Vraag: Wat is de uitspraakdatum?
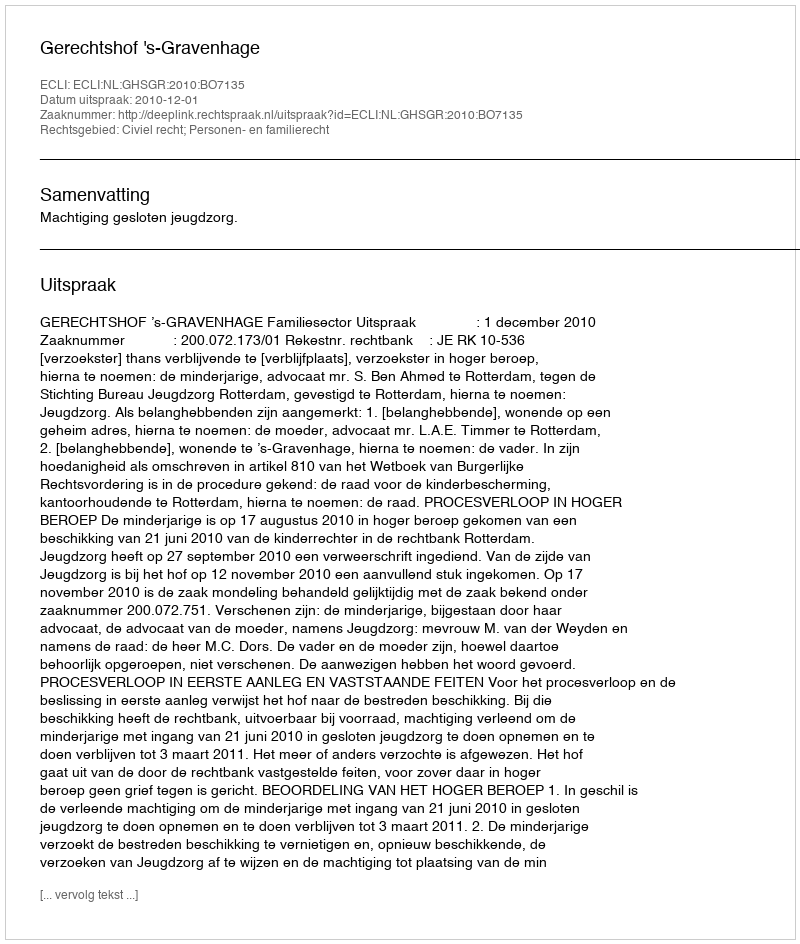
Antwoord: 2010-12-01